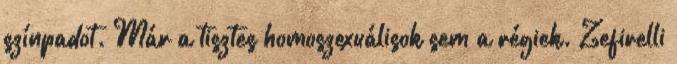
színpadot. Már a tisztes homoszexuálisok sem a régiek. Zefirelli